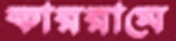
কাররামে